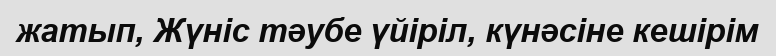
жатып, Жүніс тәубе үйіріл, күнәсіне кешірім